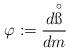
LaTeX: \begin{align*}\varphi:=\frac{d\overset{\circ}{\ss}}{dm}\end{align*}